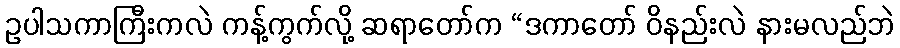
ဥပါသကာကြီးကလဲ ကန့်ကွက်လို့ ဆရာတော်က “ဒကာတော် ဝိနည်းလဲ နားမလည်ဘဲ